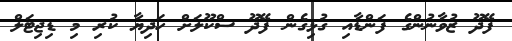
ފޭދޫ ޒުވާނުންގެ ފަންޑާއި ގުޅިގެން ފޭދޫ ސްކޫލަށް ހަދިޔާ ކުރި މި ޑިޖިޓަލް